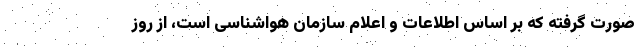
صورت گرفته که بر اساس اطلاعات و اعلام سازمان هواشناسی است، از روز